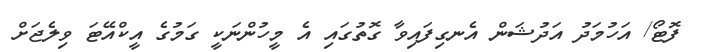
ފޮޓޯ/ އަހުމަދު އަދުޝަން އެނގިފައިވާ ގޮތުގައި އެ މީހުންނަކީ ގަމުގެ އީކްއޭޓަ ވިލެޖަށް